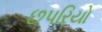
છપરિયો